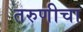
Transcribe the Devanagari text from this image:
तरुणीचा